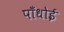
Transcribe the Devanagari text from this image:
पाँधोई